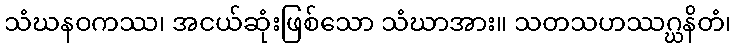
သံဃနဝကဿ၊ အငယ်ဆုံးဖြစ်သော သံဃာအား။ သတသဟဿဂ္ဃနိတံ၊